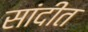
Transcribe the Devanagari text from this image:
सांदीत